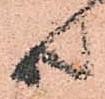
共